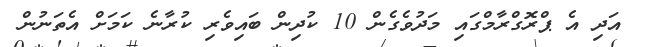
އަދި އެ ޕްރޮގްރާމްގައި މަދުވެގެން 10 ކުދިން ބައިވެރި ކުރާނެ ކަމަށް އެތަނުން